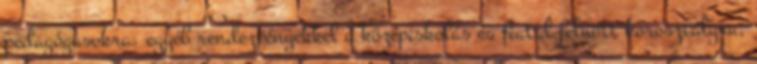
pedagógusokra, egyéb rendezvényekkel a középiskolás és fiatal felnőtt korosztályra,